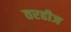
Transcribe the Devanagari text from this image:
तरहीज